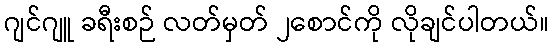
ဂျင်ဂျူ ခရီးစဉ် လတ်မှတ် ၂စောင်ကို လိုချင်ပါတယ်။